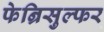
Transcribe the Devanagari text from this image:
फेन्रिसुल्फर